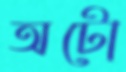
অটো